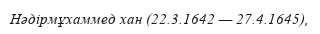
Нәдірмұхаммед хан (22.3.1642 — 27.4.1645),